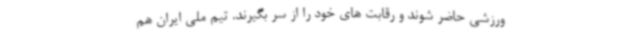
ورزشی حاضر شوند و رقابت های خود را از سر بگیرند. تیم ملی ایران هم